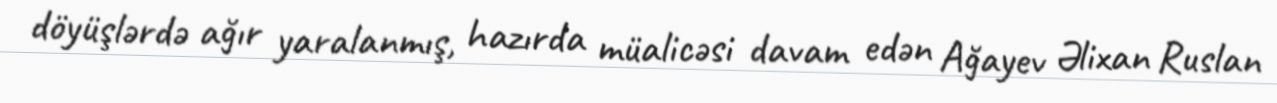
döyüşlərdə ağır yaralanmış, hazırda müalicəsi davam edən Ağayev Əlixan Ruslan